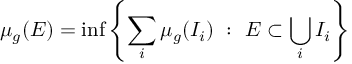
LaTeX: \mu _ { g } ( E ) = \operatorname* { i n f } \left\{ \sum _ { i } \mu _ { g } ( I _ { i } ) \ : \ E \subset \bigcup _ { i } I _ { i } \right\}